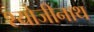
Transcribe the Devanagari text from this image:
श्योजीनाथ